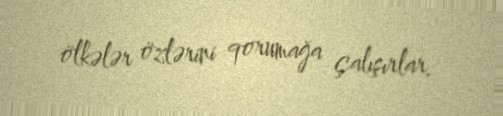
ölkələr özlərini qorumağa çalışırlar.